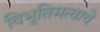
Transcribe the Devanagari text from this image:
विभूतिमत्वाचे